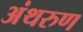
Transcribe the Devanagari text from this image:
अंथरुण